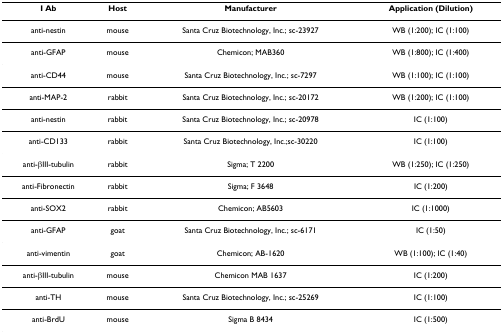
| I Ab | Host | Manufacturer | Application (Dilution) |
 | --- | --- | --- | --- |
 | anti-nestin | mouse | Santa Cruz Biotechnology, Inc.; sc-23927 | WB (1:200); IC (1:100) |
 | anti-GFAP | mouse | Chemicon; MAB360 | WB (1:800); IC (1:400) |
 | anti-CD44 | mouse | Santa Cruz Biotechnology, Inc.; sc-7297 | WB (1:100); IC (1:100) |
 | anti-MAP-2 | rabbit | Santa Cruz Biotechnology, Inc.; sc-20172 | WB (1:200); IC (1:100) |
 | anti-nestin | rabbit | Santa Cruz Biotechnology, Inc.; sc-20978 | IC (1:100) |
 | anti-CD133 | rabbit | Santa Cruz Biotechnology, Inc.;sc-30220 | IC (1:100) |
 | anti-βIII-tubulin | rabbit | Sigma; T 2200 | WB (1:250); IC (1:250) |
 | anti-Fibronectin | rabbit | Sigma; F 3648 | IC (1:200) |
 | anti-SOX2 | rabbit | Chemicon; AB5603 | IC (1:1000) |
 | anti-GFAP | goat | Santa Cruz Biotechnology, Inc.; sc-6171 | IC (1:50) |
 | anti-vimentin | goat | Chemicon; AB-1620 | WB (1:100); IC (1:40) |
 | anti-βIII-tubulin | mouse | Chemicon MAB 1637 | IC (1:200) |
 | anti-TH | mouse | Santa Cruz Biotechnology, Inc.; sc-25269 | IC (1:100) |
 | anti-BrdU | mouse | Sigma B 8434 | IC (1:500) |